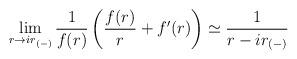
LaTeX: \begin{align*}\lim_{r \rightarrow i r_{(-)}} {1 \over f(r)} \left ( {f(r) \over r} + f'(r) \right ) \simeq{1 \over {r- i r_{(-)}}}\end{align*}